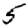
Digit: 5